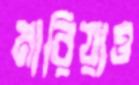
মারিয়াও